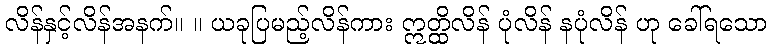
လိန်နှင့်လိန်အနက်။ ။ ယခုပြမည့်လိန်ကား ဣတ္ထိလိန် ပုံလိန် နပုံလိန် ဟု ခေါ်ရသော